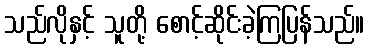
သည်လိုနှင့် သူတို့ စောင့်ဆိုင်းခဲ့ကြပြန်သည်။